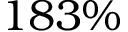
1 8 3 \%